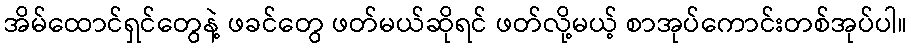
အိမ်ထောင်ရှင်တွေနဲ့ ဖခင်တွေ ဖတ်မယ်ဆိုရင် ဖတ်လို့မယ့် စာအုပ်ကောင်းတစ်အုပ်ပါ။